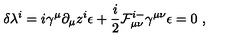
\delta \lambda ^ { i } = i \gamma ^ { \mu } \partial _ { \mu } z ^ { i } \epsilon + { \frac { i } { 2 } } { \cal F } _ { \mu \nu } ^ { i - } \gamma ^ { \mu \nu } \epsilon = 0 \ ,